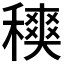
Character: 𥢡